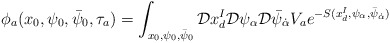
\begin{align*}\phi_a(x_0,\psi_0,\bar\psi_0,\tau_a)=\int_{x_0,\psi_0,\bar \psi_0} {\cal D}x^I_d{\cal D}\psi_{\alpha}{\cal D}\bar \psi_{\dot\alpha}V_a e^{-S(x^I_d,\psi_{\alpha},\bar\psi_{\dot\alpha})}\end{align*}